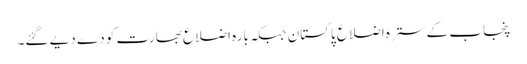
پنجاب کے سترہ اضلاع پاکستان جبکہ بارہ اضلاع بھارت کو دے دیے گئے۔